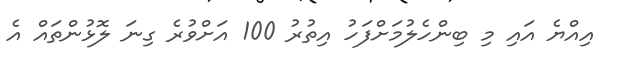
އިއްޔެ އައި މި ބިންހެލުމަށްފަހު އިތުރު 100 އަށްވުރެ ގިނަ ލޮޅުންތައް އެ